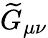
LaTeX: \widetilde G_{\mu\nu}